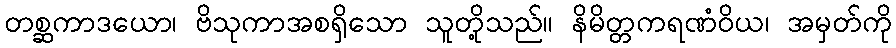
တစ္ဆကာဒယော၊ ဗိသုကာအစရှိသော သူတို့သည်။ နိမိတ္တကရဏံဝိယ၊ အမှတ်ကို